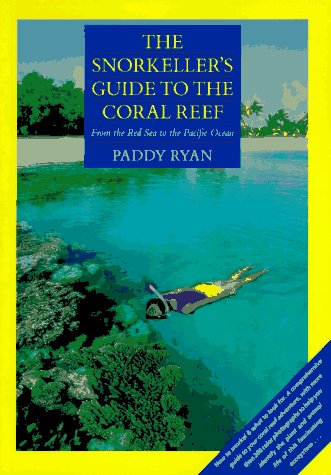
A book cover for The Snorkeller's Guide to the Coral Reef: From the Red Sea to the Pacific Ocean; Paddy Ryan; Travel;